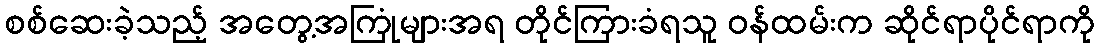
စစ်ဆေးခဲ့သည့် အတွေ့အကြုံများအရ တိုင်ကြားခံရသူ ဝန်ထမ်းက ဆိုင်ရာပိုင်ရာကို